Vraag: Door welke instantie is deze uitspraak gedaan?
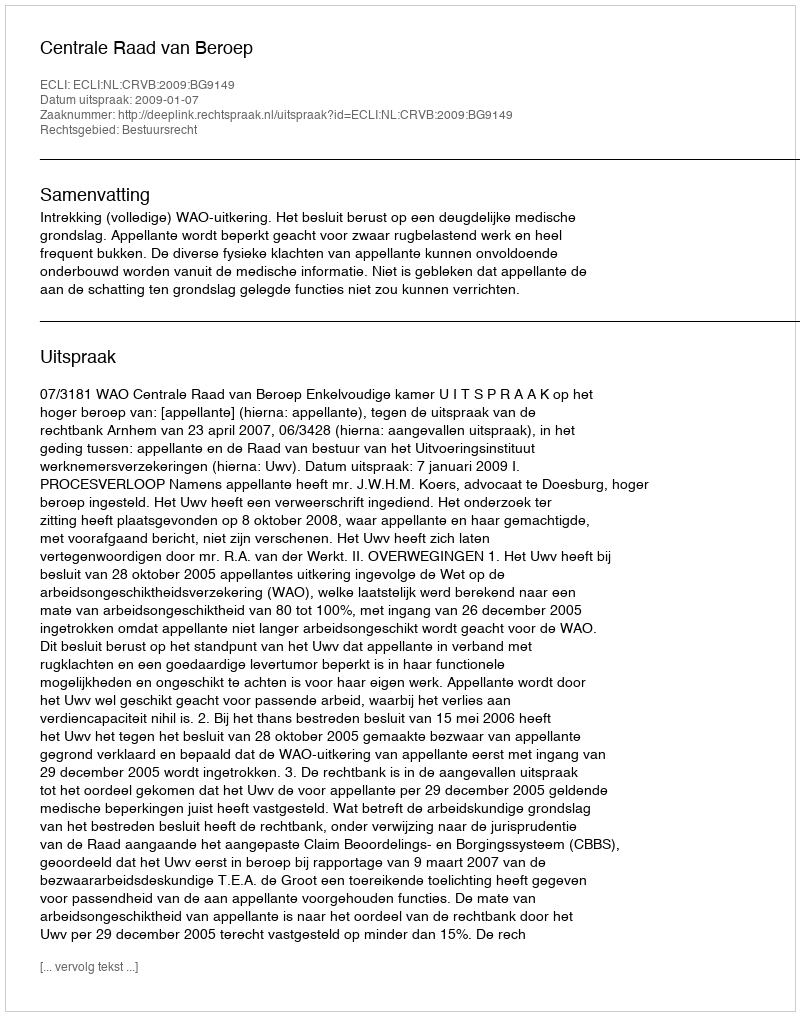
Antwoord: Centrale Raad van Beroep